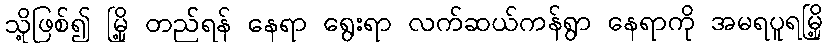
သို့ဖြစ်၍ မြို့ တည်ရန် နေရာ ရွေးရာ လက်ဆယ်ကန်ရွာ နေရာကို အမရပူရမြို့